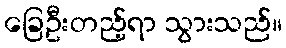
ခြေဦးတည့်ရာ သွားသည်။